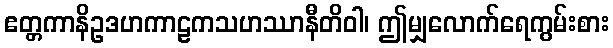
ဧတ္တကာနိဥဒဟကာဠကသဟဿာနီတိဝါ၊ ဤမျှလောက်ရေကွမ်းစား